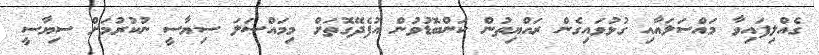
ގެއްލިފައިވާ މައްސަލައާއި ގުޅުވައިގެން ރައްޔިތުން ކަންބޮޑުވުން އުފެދޭގޮތަށް މިމައްސަލަ ސިޔާސީ ނުކުރުމަށް ސިޔާސީ